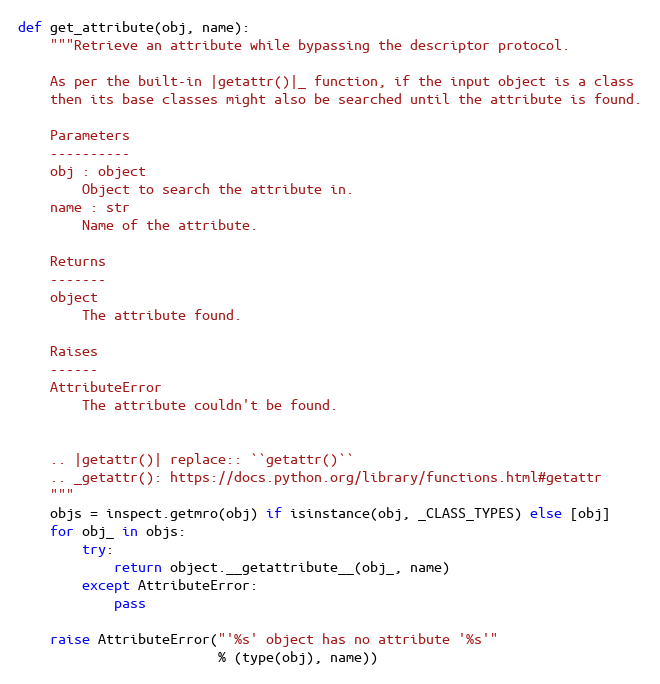
Language: Python
def get_attribute(obj, name):
    """Retrieve an attribute while bypassing the descriptor protocol.

    As per the built-in |getattr()|_ function, if the input object is a class
    then its base classes might also be searched until the attribute is found.

    Parameters
    ----------
    obj : object
        Object to search the attribute in.
    name : str
        Name of the attribute.

    Returns
    -------
    object
        The attribute found.

    Raises
    ------
    AttributeError
        The attribute couldn't be found.

    .. |getattr()| replace:: ``getattr()``
    .. _getattr(): https://docs.python.org/library/functions.html#getattr
    """
    objs = inspect.getmro(obj) if isinstance(obj, _CLASS_TYPES) else [obj]
    for obj_ in objs:
        try:
            return object.__getattribute__(obj_, name)
        except AttributeError:
            pass

    raise AttributeError("'%s' object has no attribute '%s'"
                         % (type(obj), name))